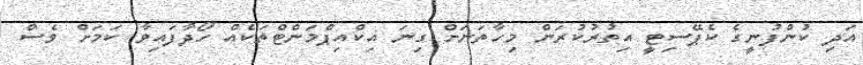
އަދި ކުންފުނީގެ ކެޕޭސިޓީ އިތުރުކުރަން މިހާތަނަށް ގިނަ އިކްއިޕްމަންޓްތަކެއް ހޯދާފައިވާ ކަމަށް ވެސް